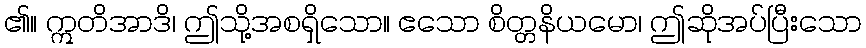
၏။ ဣတိအာဒိ၊ ဤသို့အစရှိသော။ ဧသော စိတ္တနိယမော၊ ဤဆိုအပ်ပြီးသော